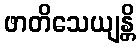
ဖာတိသေယျန္တိ